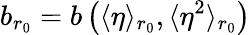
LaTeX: b_{r_{0}}=b\left(\langle\eta\rangle_{r_{0}},\langle\eta^{2}\rangle_{r_{0}}\right)